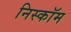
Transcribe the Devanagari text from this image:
निस्कॉम